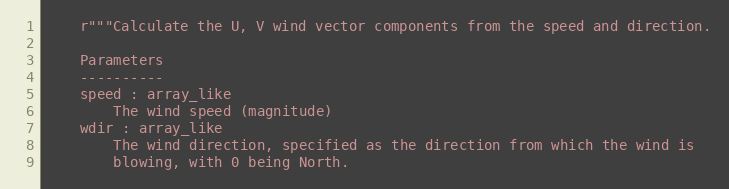
Language: Python
    r"""Calculate the U, V wind vector components from the speed and direction.

    Parameters
    ----------
    speed : array_like
        The wind speed (magnitude)
    wdir : array_like
        The wind direction, specified as the direction from which the wind is
        blowing, with 0 being North.